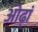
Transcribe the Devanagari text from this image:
ओढ़ां